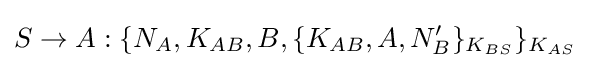
S\rightarrow A:\{N_{A},K_{AB},B,\{K_{AB},A,N_{B}'\}_{K_{BS}}\}_{K_{AS}}